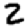
Digit: 2